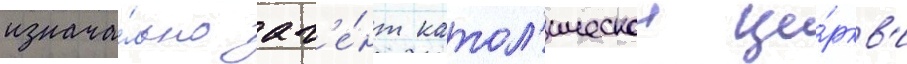
изнача́льно аг'е́нт катол'ическои це́ркв'и